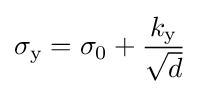
\sigma _{\text{y}}=\sigma _{0}+{k_{\text{y}} \over {\sqrt {d}}}